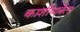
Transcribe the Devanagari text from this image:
काशीयात्रेला